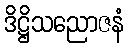
ဒိဋ္ဌိသညောဇနံ